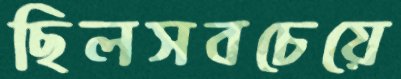
ছিলসবচেয়ে